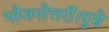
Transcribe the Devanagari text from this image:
भोजनोत्तरीं।पुसे